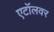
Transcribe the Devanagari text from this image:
एटॉलवर